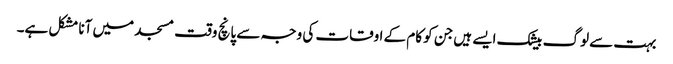
بہت سے لوگ بیشک ایسے ہیں جن کو کام کے اوقات کی وجہ سے پانچ وقت مسجد میں آنا مشکل ہے۔